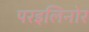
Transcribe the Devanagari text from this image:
परइलिनोर